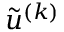
\tilde { u } ^ { ( k ) }